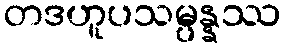
တဒဟူပသမ္ပန္နဿ